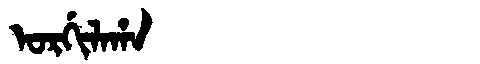
Manchu: ᠣᡵᡤᡳᠯᠠᡥᠠ
Romanization: ORGILAHA